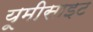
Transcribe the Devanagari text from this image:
यूमीसाइट